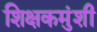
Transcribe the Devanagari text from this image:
शिक्षकमुंशी